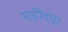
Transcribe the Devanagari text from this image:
महीदपूर